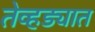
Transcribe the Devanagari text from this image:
तेव्हड्यात